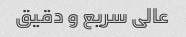
عالی سریع و دقیق